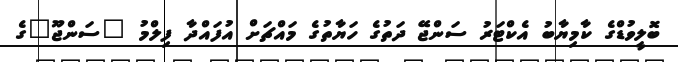
ބޮލީވުޑްގެ ކާމިޔާބު އެކްޓަރު ސަންޖޭ ދަތުގެ ހަޔާތުގެ މައްޗަށް އުފައްދާ ފިލްމު "ސަންޖޫ"ގެ